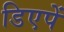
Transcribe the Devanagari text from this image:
डिएपें